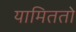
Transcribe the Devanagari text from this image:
यामिततो